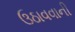
ઉઠાવવાની